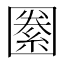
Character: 𡈢